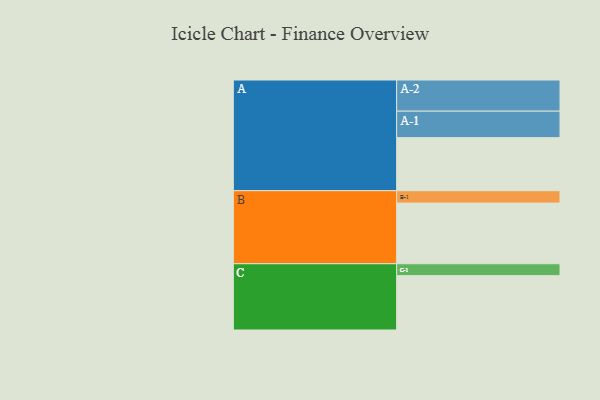
{"axis": {"x": "Segment", "y": "Value"}, "legend": ["", "A", "B", "C"], "data": [{"x": "A", "y": 494, "type": ""}, {"x": "B", "y": 565, "type": ""}, {"x": "C", "y": 506, "type": ""}, {"x": "A-1", "y": 247, "type": "A"}, {"x": "A-2", "y": 290, "type": "A"}, {"x": "B-1", "y": 115, "type": "B"}, {"x": "C-1", "y": 111, "type": "C"}]}